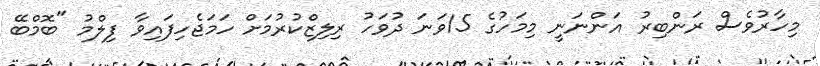
މިހާރުވެސް ރަންބިރު އަންނަނީ މިމަހުގެ 15ވަނަ ދުވަހު ރިލިޒްކުރުމަށް ހަމަޖެހިފައިވާ ފިލްމު "ބޮމްބޭ